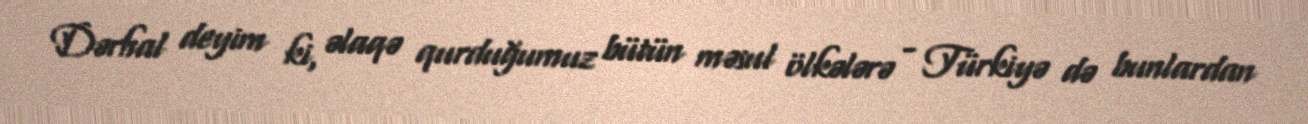
Dərhal deyim ki, əlaqə qurduğumuz bütün məsul ölkələrə - Türkiyə də bunlardan